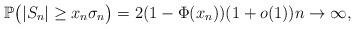
LaTeX: \begin{align*}\mathbb{P}\big( |S_{n}|\geq x_{n}\sigma_{n}\big) = 2(1-\Phi(x_{n}))(1+o(1))n\rightarrow\infty,\end{align*}